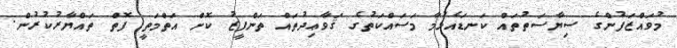
މުވައްޒަފުންގެ ސިޔާސަތުތައް ކަނޑައެޅުމާ މަސައްކަތުގެ ޤަވާޢިދުތައް ތަންފީޒު ކޮށް އަތްމަތީ ފޮތް ތައްޔާރުކުރުން.